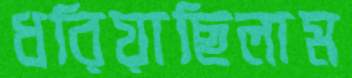
ধরিয়াছিলাম